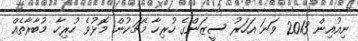
ނިއުއިން 2013 ވަނަ އަހަރު ސީޒަންގެ ހުރިހާ މެޗަކުން މޮޅުވެ ހުރިހާ މުބާރާތެއް